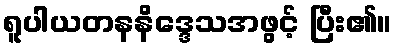
ရူပါယတနနိဒ္ဒေသအဖွင့် ပြီး၏။